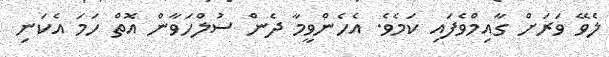
ލެވޭ ވަރަށް ގާއިމްވެފައި ކަމެވެ. އެހެންވީމާ ދެން ސުލްހަވާން އޮތް ހަމަ އެކަނި